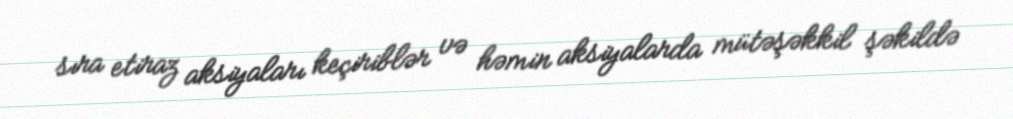
sıra etiraz aksiyaları keçiriblər və həmin aksiyalarda mütəşəkkil şəkildə